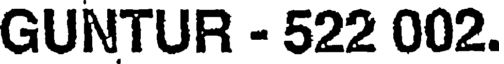
GUNTUR - 522 002.